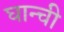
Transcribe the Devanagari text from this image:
घान्ची